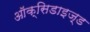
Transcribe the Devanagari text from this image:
ऑक्सिडाइज़्ड